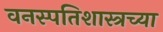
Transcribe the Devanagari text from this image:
वनस्पतिशास्त्रच्या